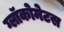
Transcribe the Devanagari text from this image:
ग्लॉकोमेटस